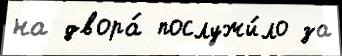
на двора́ послужи́ло за